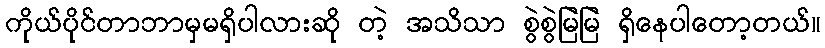
ကိုယ်ပိုင်တာဘာမှမရှိပါလားဆို တဲ့ အသိသာ စွဲစွဲမြဲမြဲ ရှိနေပါတော့တယ်။